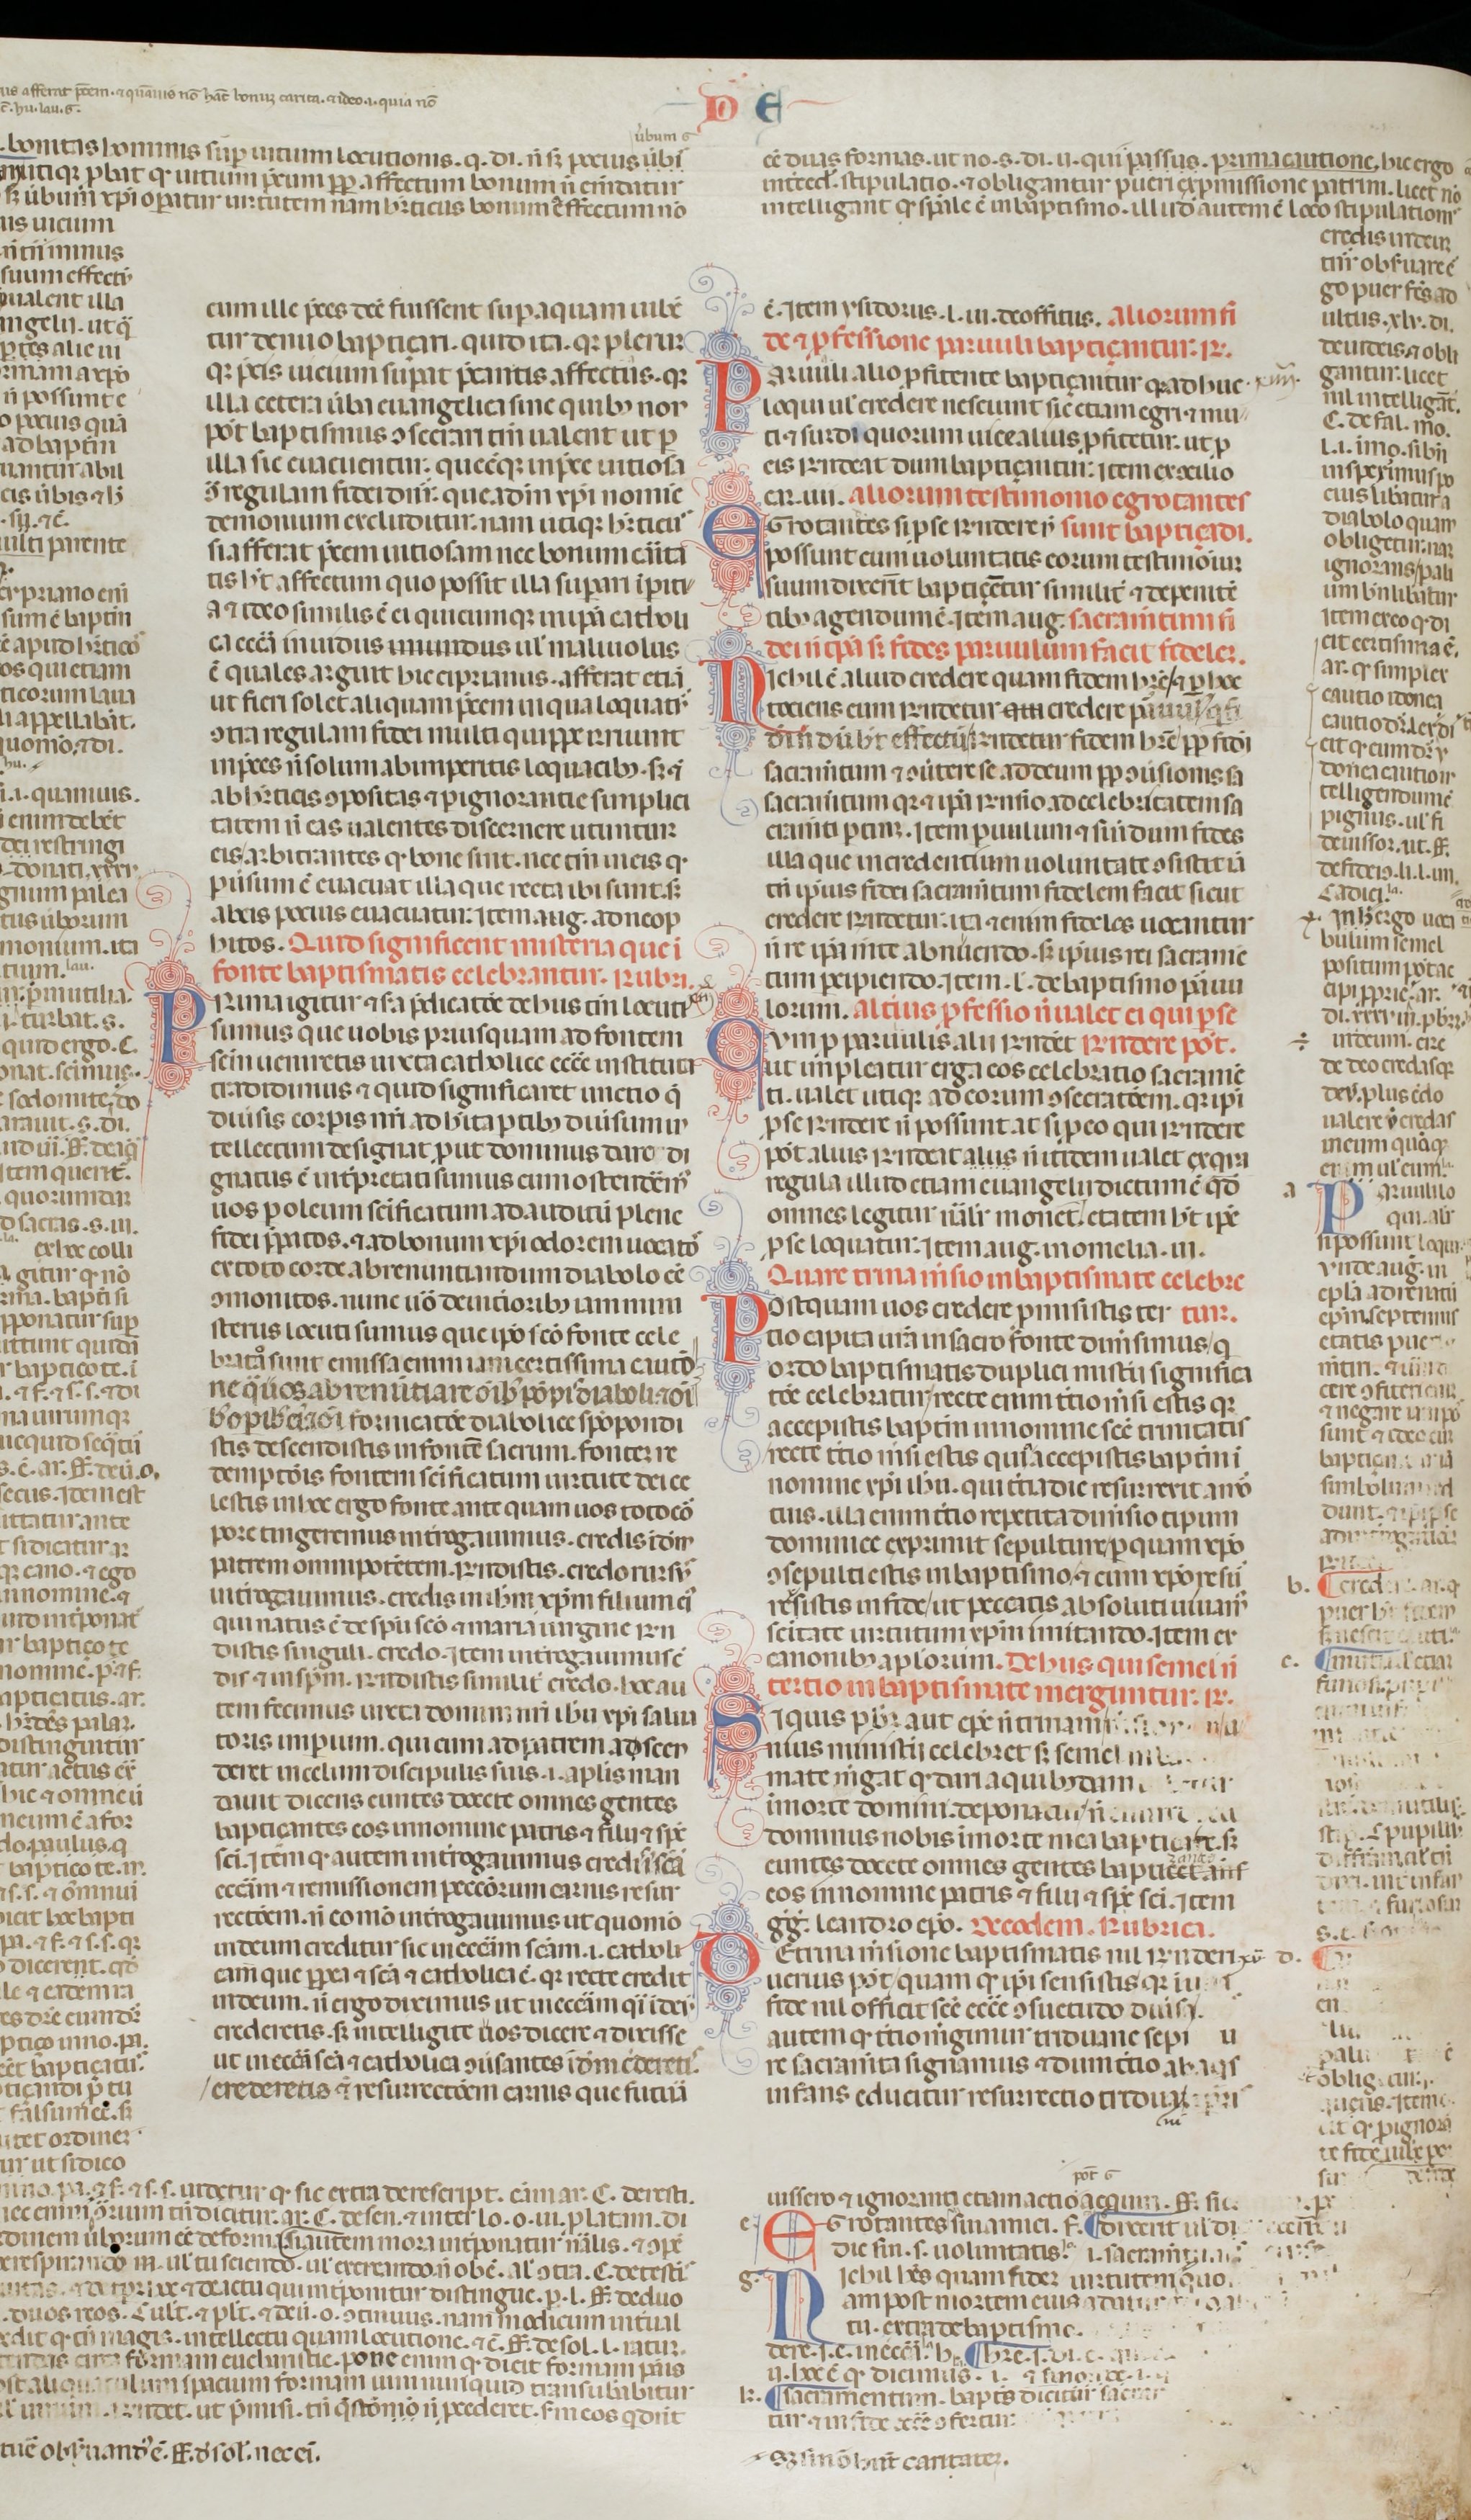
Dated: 1200–1399